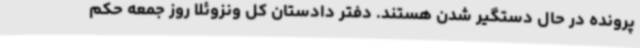
پرونده در حال دستگیر شدن هستند. دفتر دادستان کل ونزوئلا روز جمعه حکم